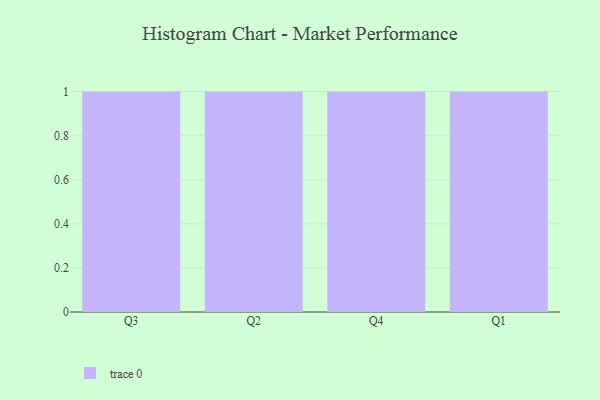
{"axis": {"x": "Quarter", "y": "Humidity (%)"}, "legend": [""], "data": [{"x": "Q3", "y": 93, "type": ""}, {"x": "Q2", "y": 93, "type": ""}, {"x": "Q4", "y": 16, "type": ""}, {"x": "Q1", "y": 29, "type": ""}]}